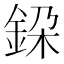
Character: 𨦃